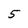
Character: 5